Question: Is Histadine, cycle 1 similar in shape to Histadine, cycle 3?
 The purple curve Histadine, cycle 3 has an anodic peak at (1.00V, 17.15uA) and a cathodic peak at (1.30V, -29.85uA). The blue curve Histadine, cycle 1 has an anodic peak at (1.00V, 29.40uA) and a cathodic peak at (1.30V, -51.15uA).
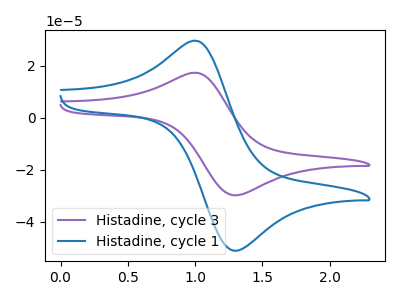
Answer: <think>All the peaks in "Histadine, cycle 1" have a peak in "Histadine, cycle 3" at the same potential. Every peak in "Histadine, cycle 1" is higher than every peak in "Histadine, cycle 3".
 </think>
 <answer>"Histadine, cycle 1" and "Histadine, cycle 3" are similar in shape.</answer>
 <eval>same_shape</eval>